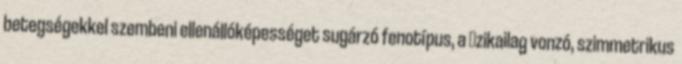
betegségekkel szembeni ellenállóképességet sugárzó fenotípus, a ﬁzikailag vonzó, szimmetrikus